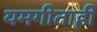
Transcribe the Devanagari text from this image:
यमगीताही